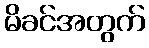
မိခင်အတွက်